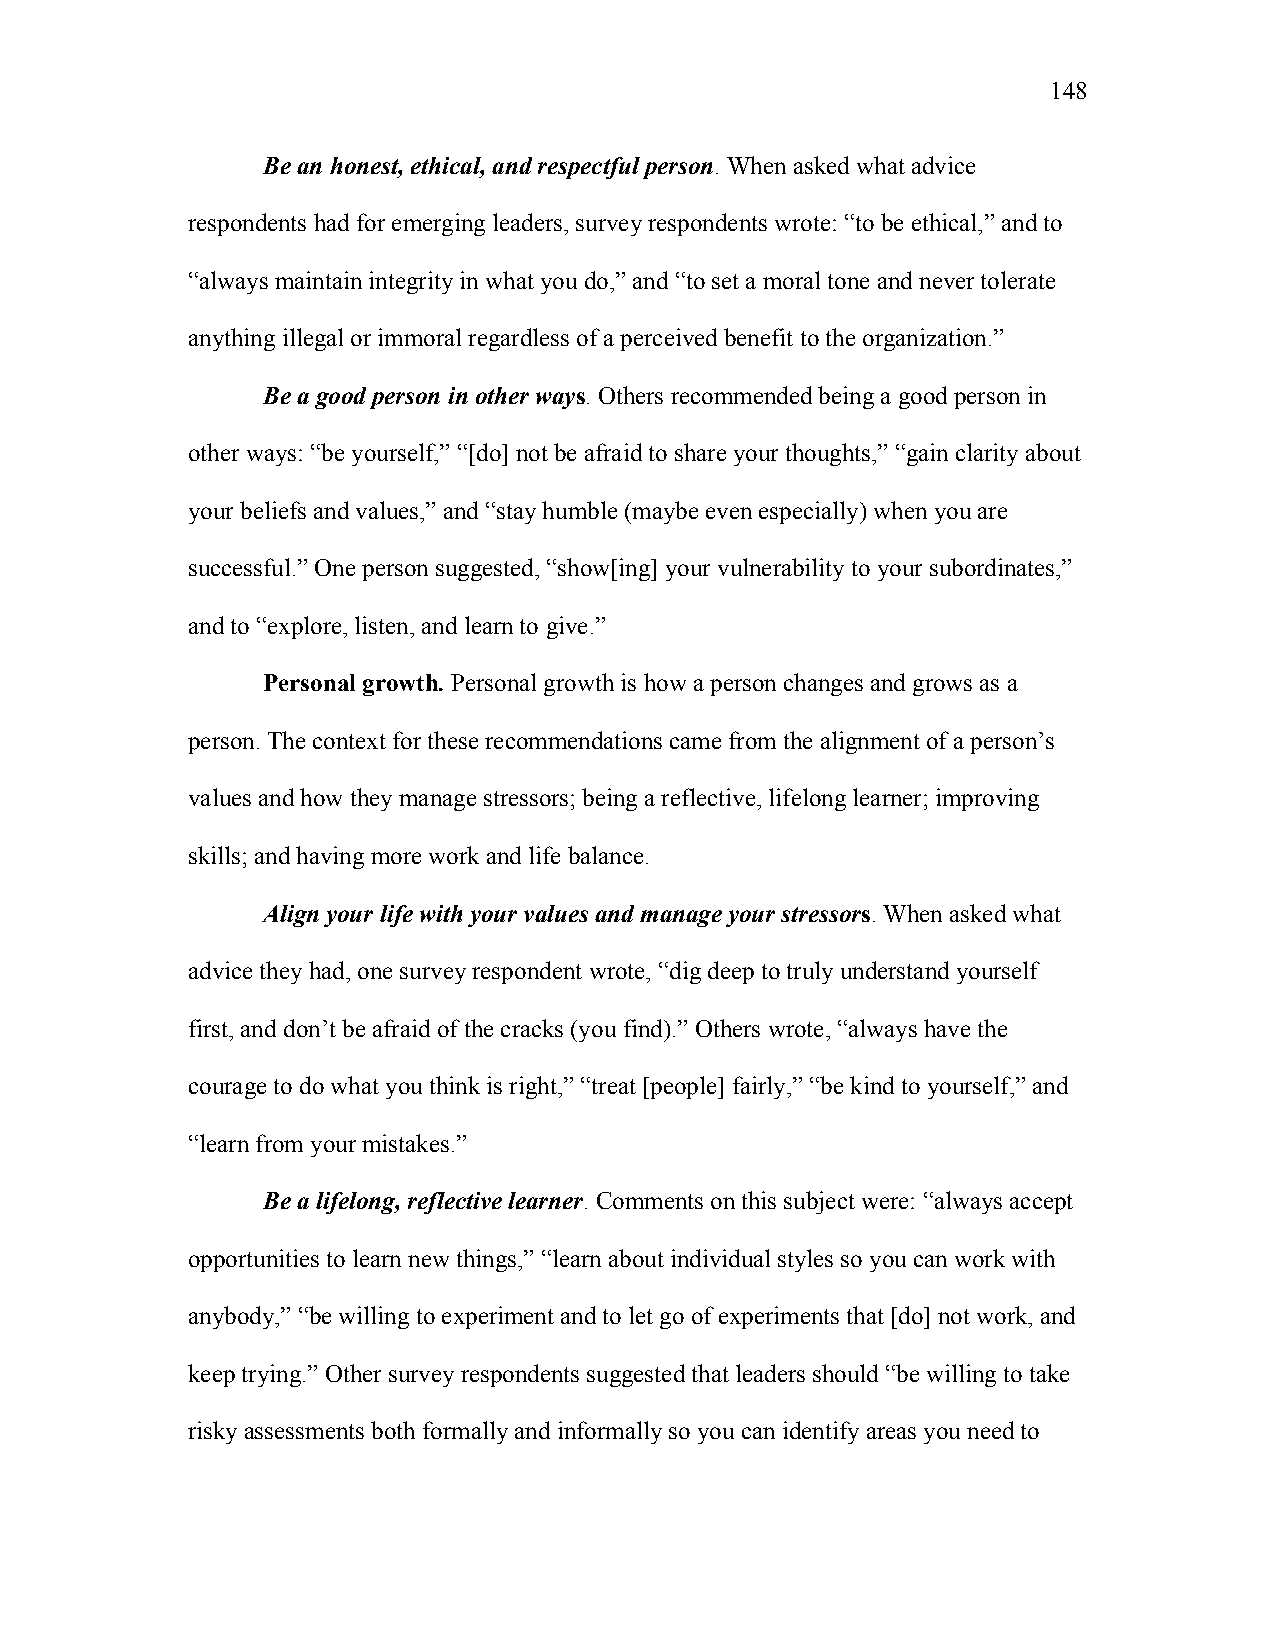
148
 Be an honest, ethical, and respectful person. When asked what advice
 respondents had for emerging leaders, survey respondents wrote: “to be ethical,” and to
 “always maintain integrity in what you do,” and “to set a moral tone and never tolerate
 anything illegal or immoral regardless of a perceived benefit to the organization.”
 Be a good person in other ways. Others recommended being a good person in
 other ways: “be yourself,” “[do] not be afraid to share your thoughts,” “gain clarity about
 your beliefs and values,” and “stay humble (maybe even especially) when you are
 successful.” One person suggested, “show[ing] your vulnerability to your subordinates,”
 and to “explore, listen, and learn to give.”
 Personal growth. Personal growth is how a person changes and grows as a
 person. The context for these recommendations came from the alignment of a person’s
 values and how they manage stressors; being a reflective, lifelong learner; improving
 skills; and having more work and life balance.
 Align your life with your values and manage your stressors. When asked what
 advice they had, one survey respondent wrote, “dig deep to truly understand yourself
 first, and don’t be afraid of the cracks (you find).” Others wrote, “always have the
 courage to do what you think is right,” “treat [people] fairly,” “be kind to yourself,” and
 “learn from your mistakes.”
 Be a lifelong, reflective learner. Comments on this subject were: “always accept
 opportunities to learn new things,” “learn about individual styles so you can work with
 anybody,” “be willing to experiment and to let go of experiments that [do] not work, and
 keep trying.” Other survey respondents suggested that leaders should “be willing to take
 risky assessments both formally and informally so you can identify areas you need to